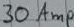
Text: 30Amp